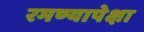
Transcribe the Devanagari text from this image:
रमण्यापेक्षा